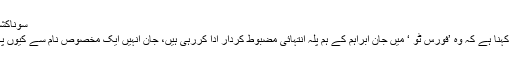
سوناکشی سنہا کا انتہائی دلچسپ انکشاف -
ممبئی: بالی وڈ کی دبنگ اداکارہ کا کہنا ہے کہ وہ ’فورس ٹو ‘ میں جان ابراہم کے ہم پلہ انتہائی مضبوط کردار ادا کررہی ہیں، جان انہیں ایک مخصوص نام سے کیوں پکارتے ہیں اس کی وجہ بھی بتادی۔